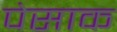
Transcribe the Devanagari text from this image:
पेसाक